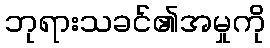
ဘုရားသခင်၏အမှုကို